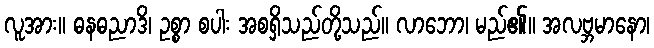
လူအား။ ဓနဓညာဒိ၊ ဥစ္စာ စပါး အစရှိသည်တို့သည်။ လာဘော၊ မည်၏။ အလဗ္ဘမာနော၊